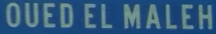
OUEDELMALEH